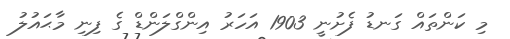
މި ކަންތައް ގަނޑު ފެށުނީ 1903 އަހަރު އިންގްލަންޑް ގެ ފިނި މާޙައުލު